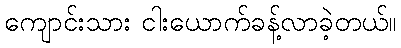
ကျောင်းသား ငါးယောက်ခန့်လာခဲ့တယ်။